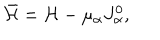
\bar { { \cal H } } = { \cal H } - \mu _ { \alpha } J _ { \alpha } ^ { 0 } ,